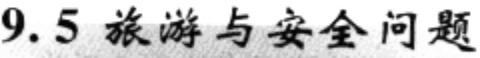
$9.5\ 旅游与安全问题$